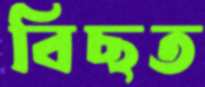
বিছত